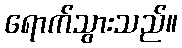
ရောက်သွားသည်။